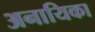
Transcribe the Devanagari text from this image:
अनायिका